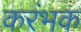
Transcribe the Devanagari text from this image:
करंभक